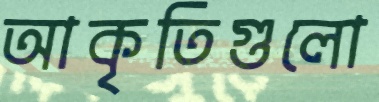
আকৃতিগুলো